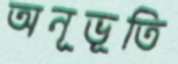
অনূভূতি